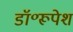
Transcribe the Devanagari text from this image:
डॉ॰रूपेश